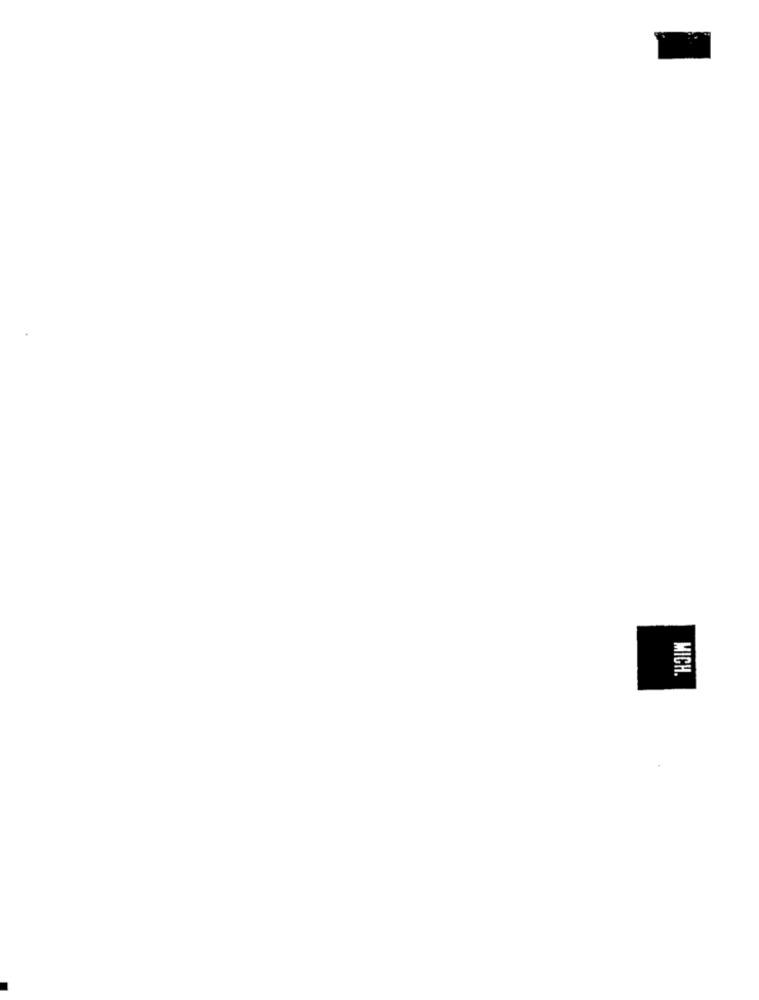
MICH.